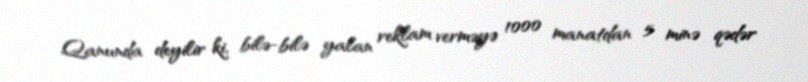
Qanunda deyilir ki, bilə-bilə yalan reklam verməyə 1000 manatdan 5 minə qədər